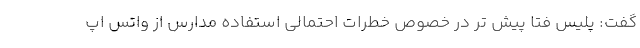
گفت: پلیس فتا پیش تر در خصوص خطرات احتمالی استفاده مدارس از واتس اپ